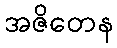
အဇိတေန